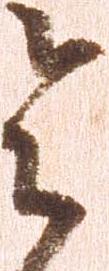
令